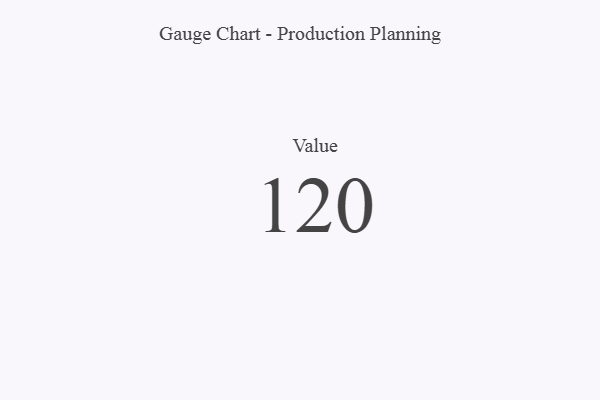
{"axis": {"x": "Metric", "y": "Value"}, "legend": [""], "data": [{"x": "Value", "y": 120, "type": ""}]}